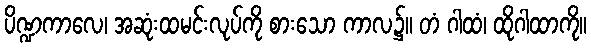
ပိဏ္ဍကာလေ၊ အဆုံးထမင်းလုပ်ကို စားသော ကာလ၌။ တံ ဂါထံ၊ ထိုဂါထာကို။